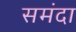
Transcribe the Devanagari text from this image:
समंदा